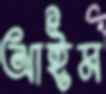
আইম